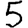
Digit: 5